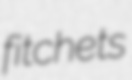
fitchets